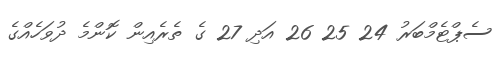
ސެޕްޓެމްބަރު 24 25 26 އަދި 27 ގެ ތެރެއިން ކޮންމެ ދުވަހެއްގެ